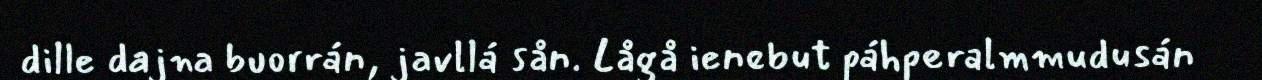
dille dajna buorrán, javllá sån. Lågå ienebut páhperalmmudusán